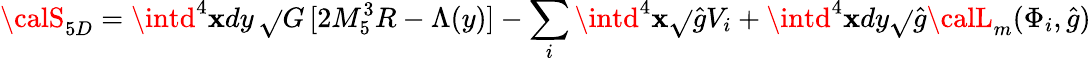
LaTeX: {\calS}_{5D}=\intd^{4}\mathbf{x}dy\, \sqrt{}{{G}}\, [2M_{5}^{3}R-\Lambda(y)]-\sum_{i}\intd^{4}\mathbf{x}\sqrt{}{{\hat{{g}}}}V_{i}+\intd^{4}\mathbf{x}dy\sqrt{}{{\hat{{g}}}}{\calL}_{m}(\Phi_{i},\hat{{g}})